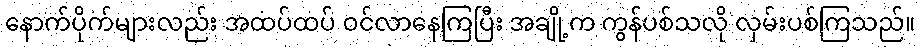
နောက်ပိုက်များလည်း အထပ်ထပ် ဝင်လာနေကြပြီး အချို့က ကွန်ပစ်သလို လှမ်းပစ်ကြသည်။